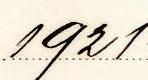
1921